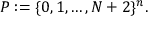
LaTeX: P : = \{ 0 , 1 , \ldots , N + 2 \} ^ { n } .